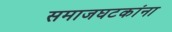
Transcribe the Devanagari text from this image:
समाजघटकांना